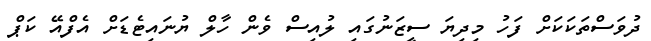
ދުވަސްތަކަކަށް ފަހު މިދިޔަ ސީޒަނުގައި ލުއިސް ވެން ހާލް ޔުނައިޓެޑަށް އެފްއޭ ކަޕް